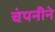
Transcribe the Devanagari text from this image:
चंपनीने